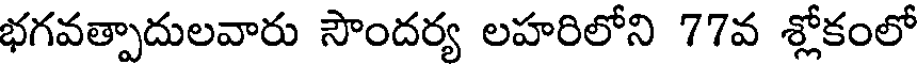
భగవత్పాదులవారు సౌందర్య లహరిలోని 77వ శ్లోకంలో